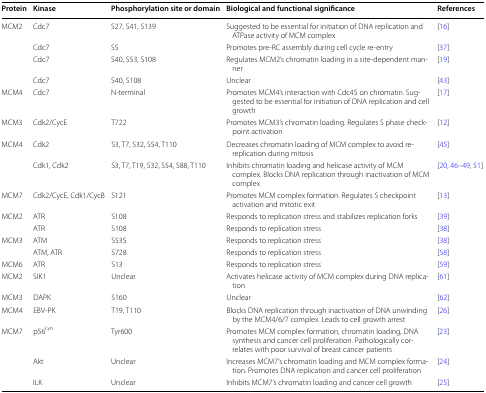
<table><thead><tr><td><b>Protein</b></td><td><b>Kinase</b></td><td><b>Phosphorylation site or domain</b></td><td><b>Biological and functional significance</b></td><td><b>References</b></td></tr></thead><tbody><tr><td rowspan="4">MCM2</td><td>Cdc7</td><td>S27, S41, S139</td><td>Suggested to be essential for initiation of DNA replication and ATPase activity of MCM complex</td><td>[16]</td></tr><tr><td>Cdc7</td><td>S5</td><td>Promotes pre-RC assembly during cell cycle re-entry</td><td>[37]</td></tr><tr><td>Cdc7</td><td>S40, S53, S108</td><td>Regulates MCM2’s chromatin loading in a site-dependent manner</td><td>[19]</td></tr><tr><td>Cdc7</td><td>S40, S108</td><td>Unclear</td><td>[43]</td></tr><tr><td>MCM4</td><td>Cdc7</td><td>N-terminal</td><td>Promotes MCM4’s interaction with Cdc45 on chromatin. Suggested to be essential for initiation of DNA replication and cell growth</td><td>[17]</td></tr><tr><td>MCM3</td><td>Cdk2/CycE</td><td>T722</td><td>Promotes MCM3’s chromatin loading. Regulates S phase checkpoint activation</td><td>[12]</td></tr><tr><td rowspan="2">MCM4</td><td>Cdk2</td><td>S3, T7, S32, S54, T110</td><td>Decreases chromatin loading of MCM complex to avoid re-replication during mitosis</td><td>[45]</td></tr><tr><td>Cdk1, Cdk2</td><td>S3, T7, T19, S32, S54, S88, T110</td><td>Inhibits chromatin loading and helicase activity of MCM complex. Blocks DNA replication through inactivation of MCM complex</td><td>[20, 46–49, 51]</td></tr><tr><td>MCM7</td><td>Cdk2/CycE, Cdk1/CycB</td><td>S121</td><td>Promotes MCM complex formation. Regulates S checkpoint activation and mitotic exit</td><td>[13]</td></tr><tr><td rowspan="2">MCM2</td><td>ATR</td><td>S108</td><td>Responds to replication stress and stabilizes replication forks</td><td>[39]</td></tr><tr><td>ATR</td><td>S108</td><td>Responds to replication stress</td><td>[38]</td></tr><tr><td rowspan="2">MCM3</td><td>ATM</td><td>S535</td><td>Responds to replication stress</td><td>[38]</td></tr><tr><td>ATM, ATR</td><td>S728</td><td>Responds to replication stress</td><td>[58]</td></tr><tr><td>MCM6</td><td>ATR</td><td>S13</td><td>Responds to replication stress</td><td>[59]</td></tr><tr><td>MCM2</td><td>SIK1</td><td>Unclear</td><td>Activates helicase activity of MCM complex during DNA replication</td><td>[61]</td></tr><tr><td>MCM3</td><td>DAPK</td><td>S160</td><td>Unclear</td><td>[62]</td></tr><tr><td>MCM4</td><td>EBV-PK</td><td>T19, T110</td><td>Blocks DNA replication through inactivation of DNA unwinding by the MCM4/6/7 complex. Leads to cell growth arrest</td><td>[26]</td></tr><tr><td rowspan="3">MCM7</td><td>p56<sup>Lyn</sup></td><td>Tyr600</td><td>Promotes MCM complex formation, chromatin loading, DNA synthesis and cancer cell proliferation. Pathologically correlates with poor survival of breast cancer patients</td><td>[23]</td></tr><tr><td>Akt</td><td>Unclear</td><td>Increases MCM7’s chromatin loading and MCM complex formation. Promotes DNA replication and cancer cell proliferation</td><td>[24]</td></tr><tr><td>ILK</td><td>Unclear</td><td>Inhibits MCM7’s chromatin loading and cancer cell growth</td><td>[25]</td></tr></tbody></table>